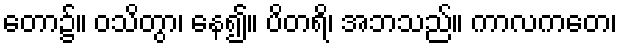
တော၌။ ဝသိတွာ၊ နေ၍။ ပိတရိ၊ အဘသည်။ ကာလကတေ၊